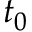
t _ { 0 }